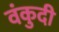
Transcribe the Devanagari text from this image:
वंकुदी